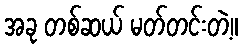
အခု တစ်ဆယ် မတ်တင်းတဲ့။